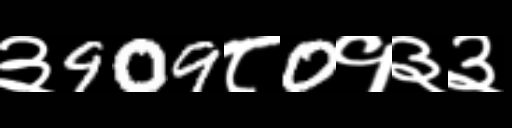
Text: ३909८0१३३